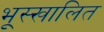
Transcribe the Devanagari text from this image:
भूस्खालित